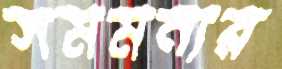
সমমনার